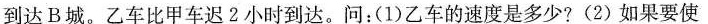
到达B城。乙车比甲车迟2小时到达。问：(1)乙车的速度是多少?(2)如果要使